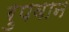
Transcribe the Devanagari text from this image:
रुपवान